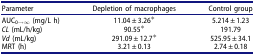
| Parameter | Depletion of macrophages | Control group |
 | --- | --- | --- |
 | AUC0→∞ (mg/L h) | 11.04 ± 3.26* | 5.214 ± 1.23 |
 | CL (mL/h/kg) | 90.55* | 191.79 |
 | Vd (mL/kg) | 291.09 ± 12.7* | 525.95 ± 34.1 |
 | MRT (h) | 3.21 ± 0.13 | 2.74 ± 0.18 |